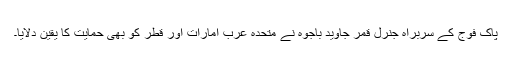
پاک فوج کے سربراہ جنرل قمر جاوید باجوہ نے متحدہ عرب امارات اور قطر کو بھی حمایت کا یقین دلایا۔